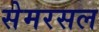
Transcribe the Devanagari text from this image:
सेमरसल